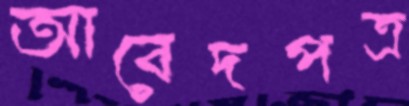
আবেদপত্র